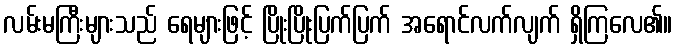
လမ်းမကြီးများသည် ရေများဖြင့် ပြိုးပြိုးပြက်ပြက် အရောင်လက်လျက် ရှိကြလေ၏။